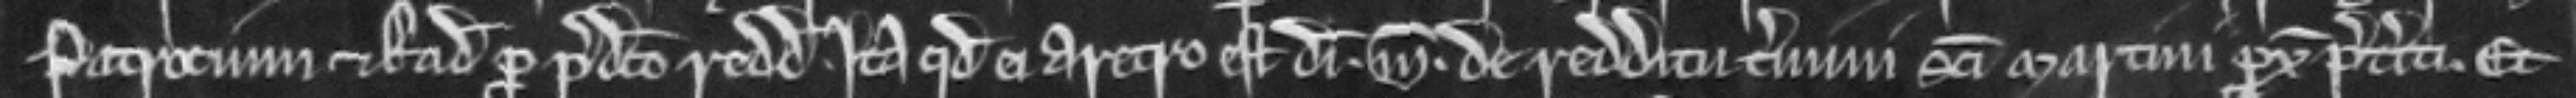
Patrocium et Radulfum pro predicto redditu. Ita quod ei aretro est dimidia .marca. de redditu termini Sancti Martini proximo preteriti. Et